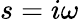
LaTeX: s=i\omega